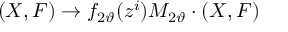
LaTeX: ( X , F ) \rightarrow f _ { 2 \vartheta } ( z ^ { i } ) { M } _ { 2 \vartheta } \cdot ( X , F )